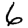
Digit: 6